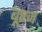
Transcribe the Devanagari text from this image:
बूएज